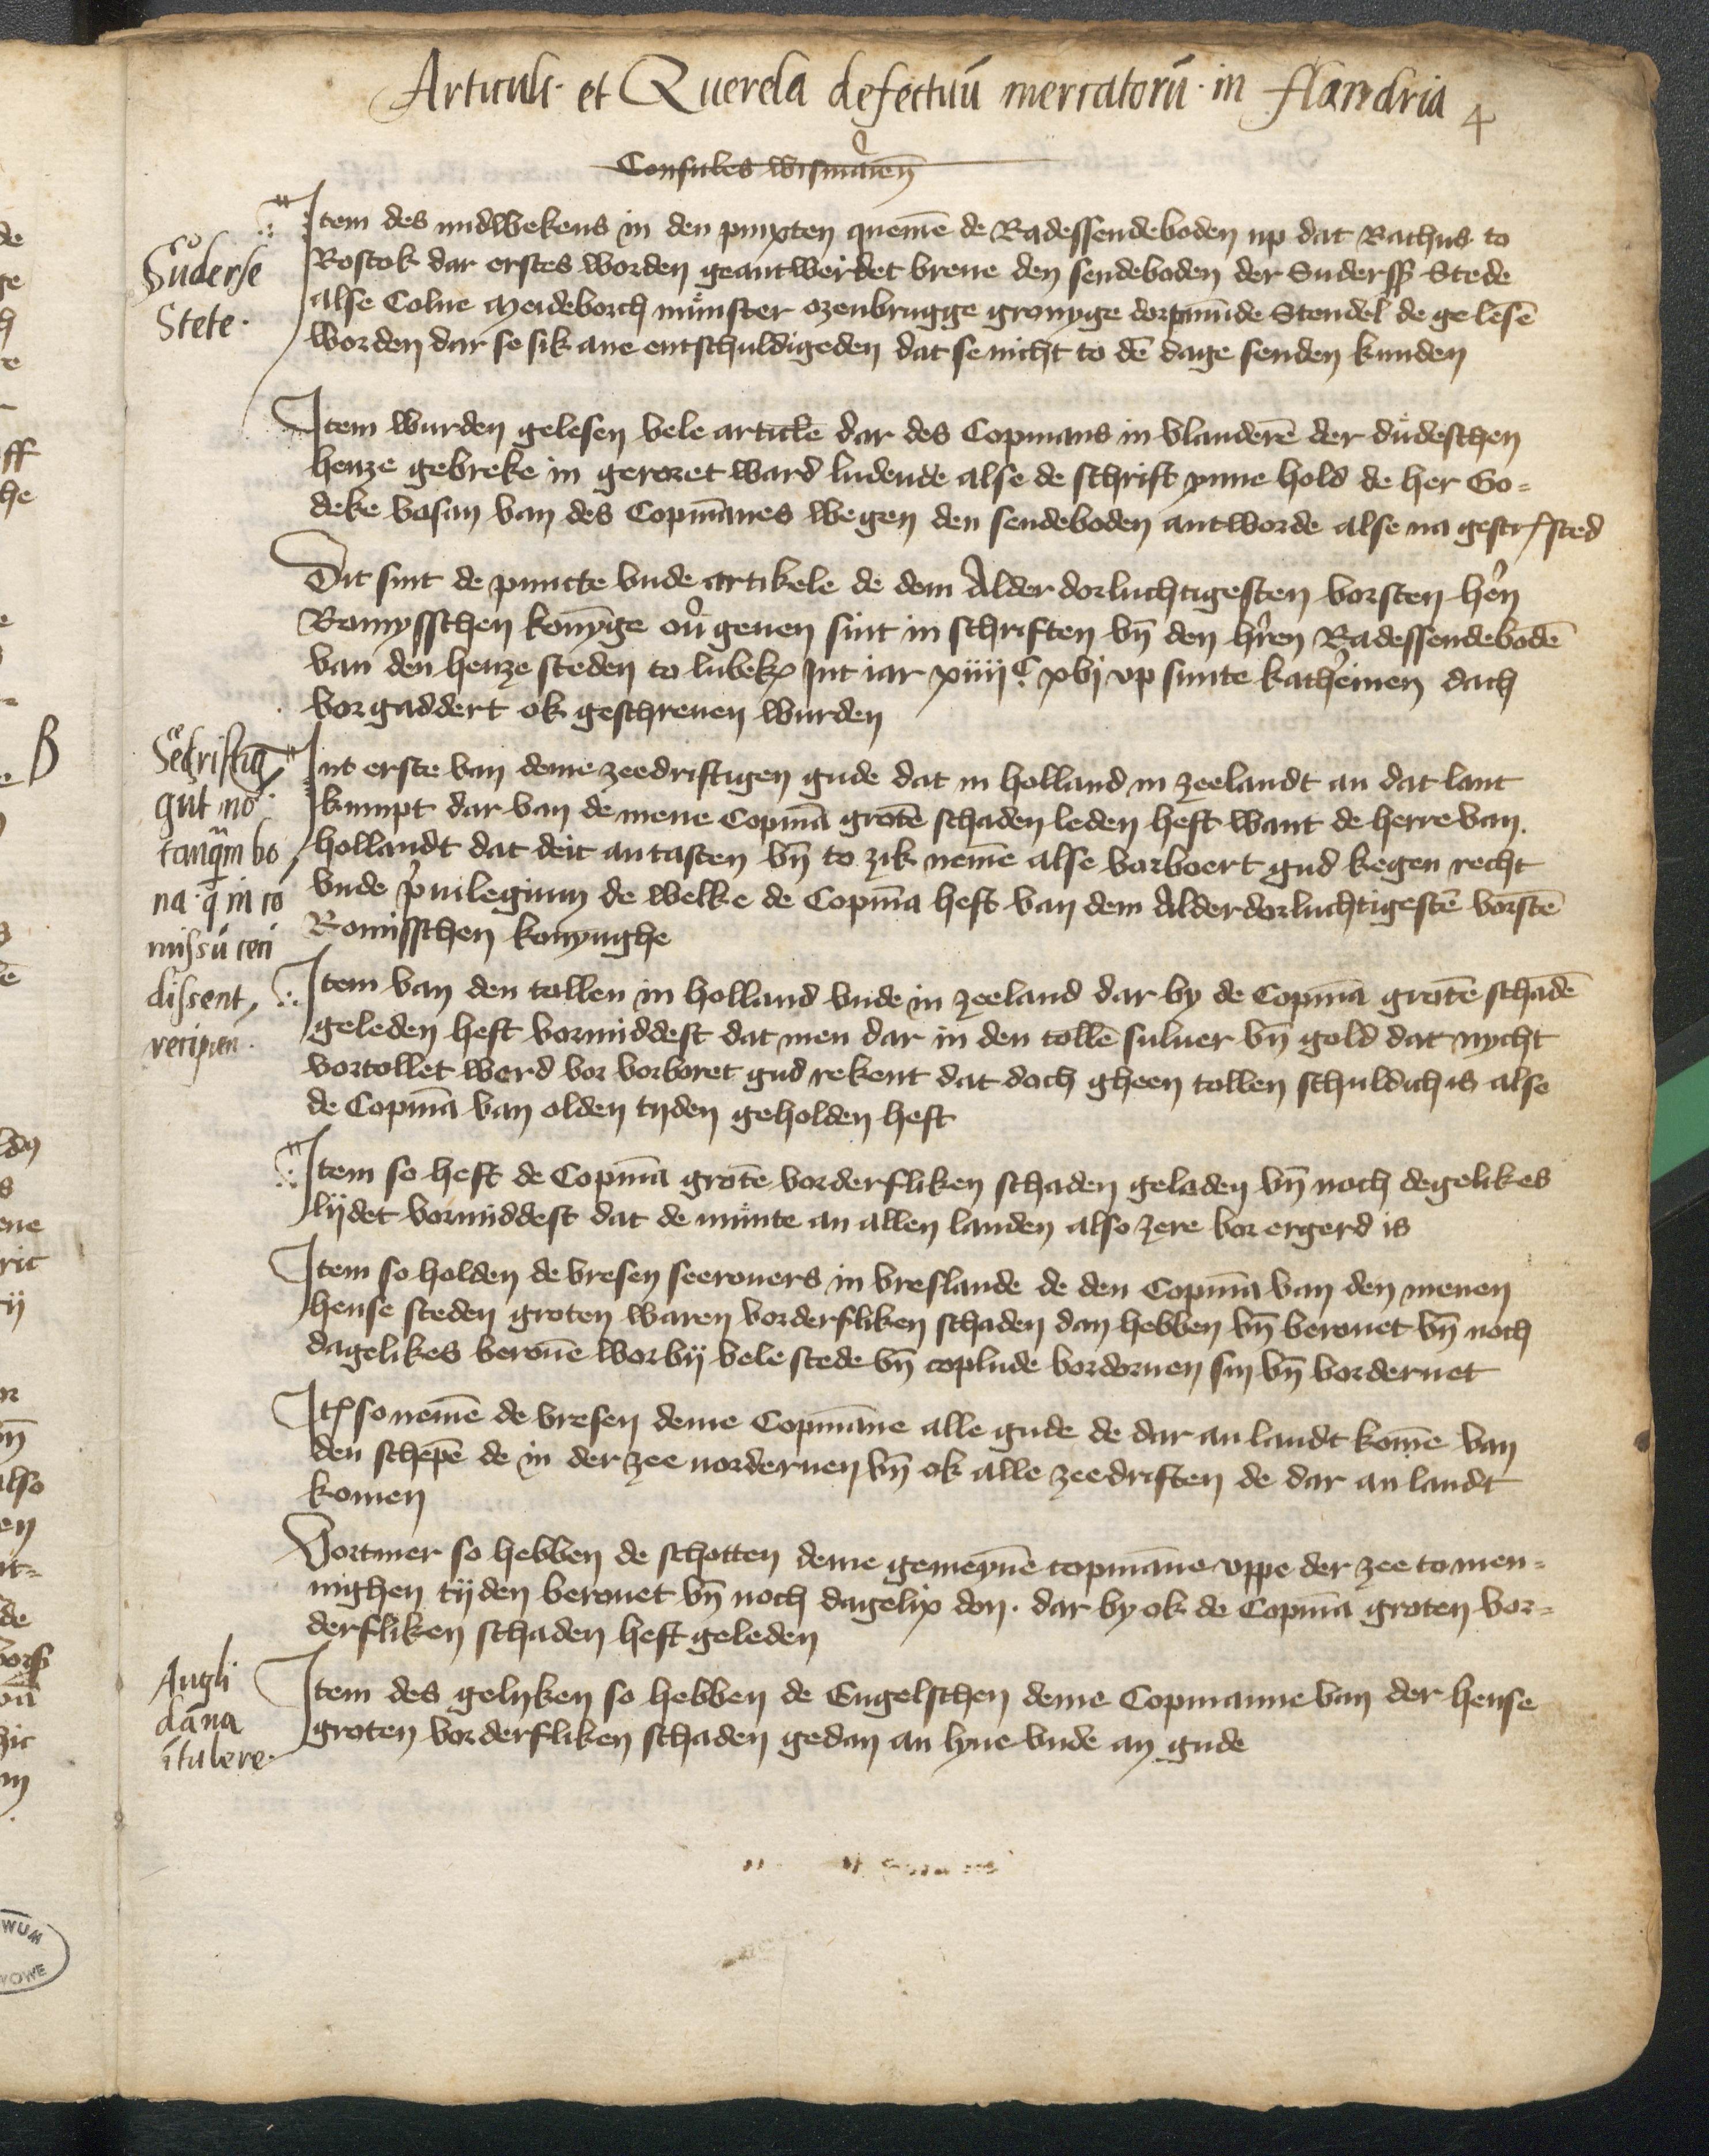
Suderse
Stete

Secrifig
gut no
tanquam bo
na q in re¬
missu ceri
dissent
recipien.

Angli
cana
itulere.

Articuli et Querela defectuu mercatoru in Flandria 4

Consules Wismaren
Jtem des midwekens in den pinxten quemen de Radessendeboden up dat Rathus to
Rostok dar erstes worden geantwerdet breue den sendeboden der Sudersß Stede
alse Colne Meideborch Munster Ozenbrugge Gronyge Dorpmunde Stendel de gelesen
worden dar so sik ane entschuldigeden dat se nicht to den dage senden kunden

Jtem wurden gelesen vele articke dar des Copmans in Vlanderen der dudeschen
henze gebreke in geroret ward ludende alse de schrift ynne hold de her Go¬
deke Vasan van des Copmanes wegen den sendeboden antworde alse na gescreuen stede

Dit sint de puncte vnde artikele de dem Alder dorluchtigesten vorsten heren
Romysschen konynge ouer geuen sint in schriften vnd den herren Radessendeboden
van den henze steden to Lubeke Jnt iar xiiijC xvj vp sunte Kathereinen dach
vorgaddert ok geschreuen wurden

Jnt erste van deme zeedriftigen gude dat in Holland in Zeelandt an dat lant
kumpt dar van de mene Copman groten schaden leden heft want de herre van
Hollandt dat deit antasten vnd to zik nemen alse vorboert gud kegen recht
vnde priuilegium de welke de Copman heft van dem Alderdorluchtigesten vorsten
Romisschen konynghe

Jtem van den tollen in Holland vnde in Zeeland dar by de Copman groten schade
geleden heft vormiddest dat men dar in den tollen suluer vnd gold dat nycht
vortollet werd vor vorboret gud rekent dat doch gheen tollen schuldich is alse
de Copman van olden tyden geholden heft

Jtem so heft de Copman grote vorderfliken schaden geladen vnd noch degelikes
lydet vormiddest dat de munte an allen landen also zere vor ergerd is

Jtem so holden de Vresen seerouers in Vreslande de den Copman van den menen
hense steden groten waren vorderfliken schaden dan hebben vnd berouet vnd noch
dagelikes berouen worby vele stede vnd coplude vordoruen syn vnd vorderuet

Jtem so nemen de Vresen deme Copmanne alle gude de dar an landt komen van
den schepen de in der zee uorderuen vnd ok alle zeedriften de dar an landt
komen

Vortmer so hebben de schotten deme gemeynen copmanne vppe der zee to men¬
nighen tyden berouet vnd noch dagelix don. dar by ok de Copman groten vor¬
derfliken schaden heft geleden

Jtem des gelyken so hebben de Engelschen deme Copmanne van der hense
groten vorderfliken schaden gedan an lyue vnde an gude